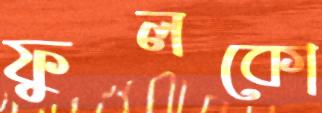
ফুলকো